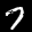
Label: 7